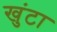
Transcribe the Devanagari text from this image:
खुंटा